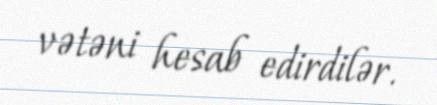
vətəni hesab edirdilər.